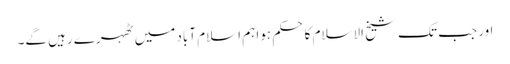
اور جب تک شیخ الاسلام کا حکم ہوا ہم اسلام آباد میں ٹھہرے رہیں گے۔